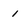
Character: 1